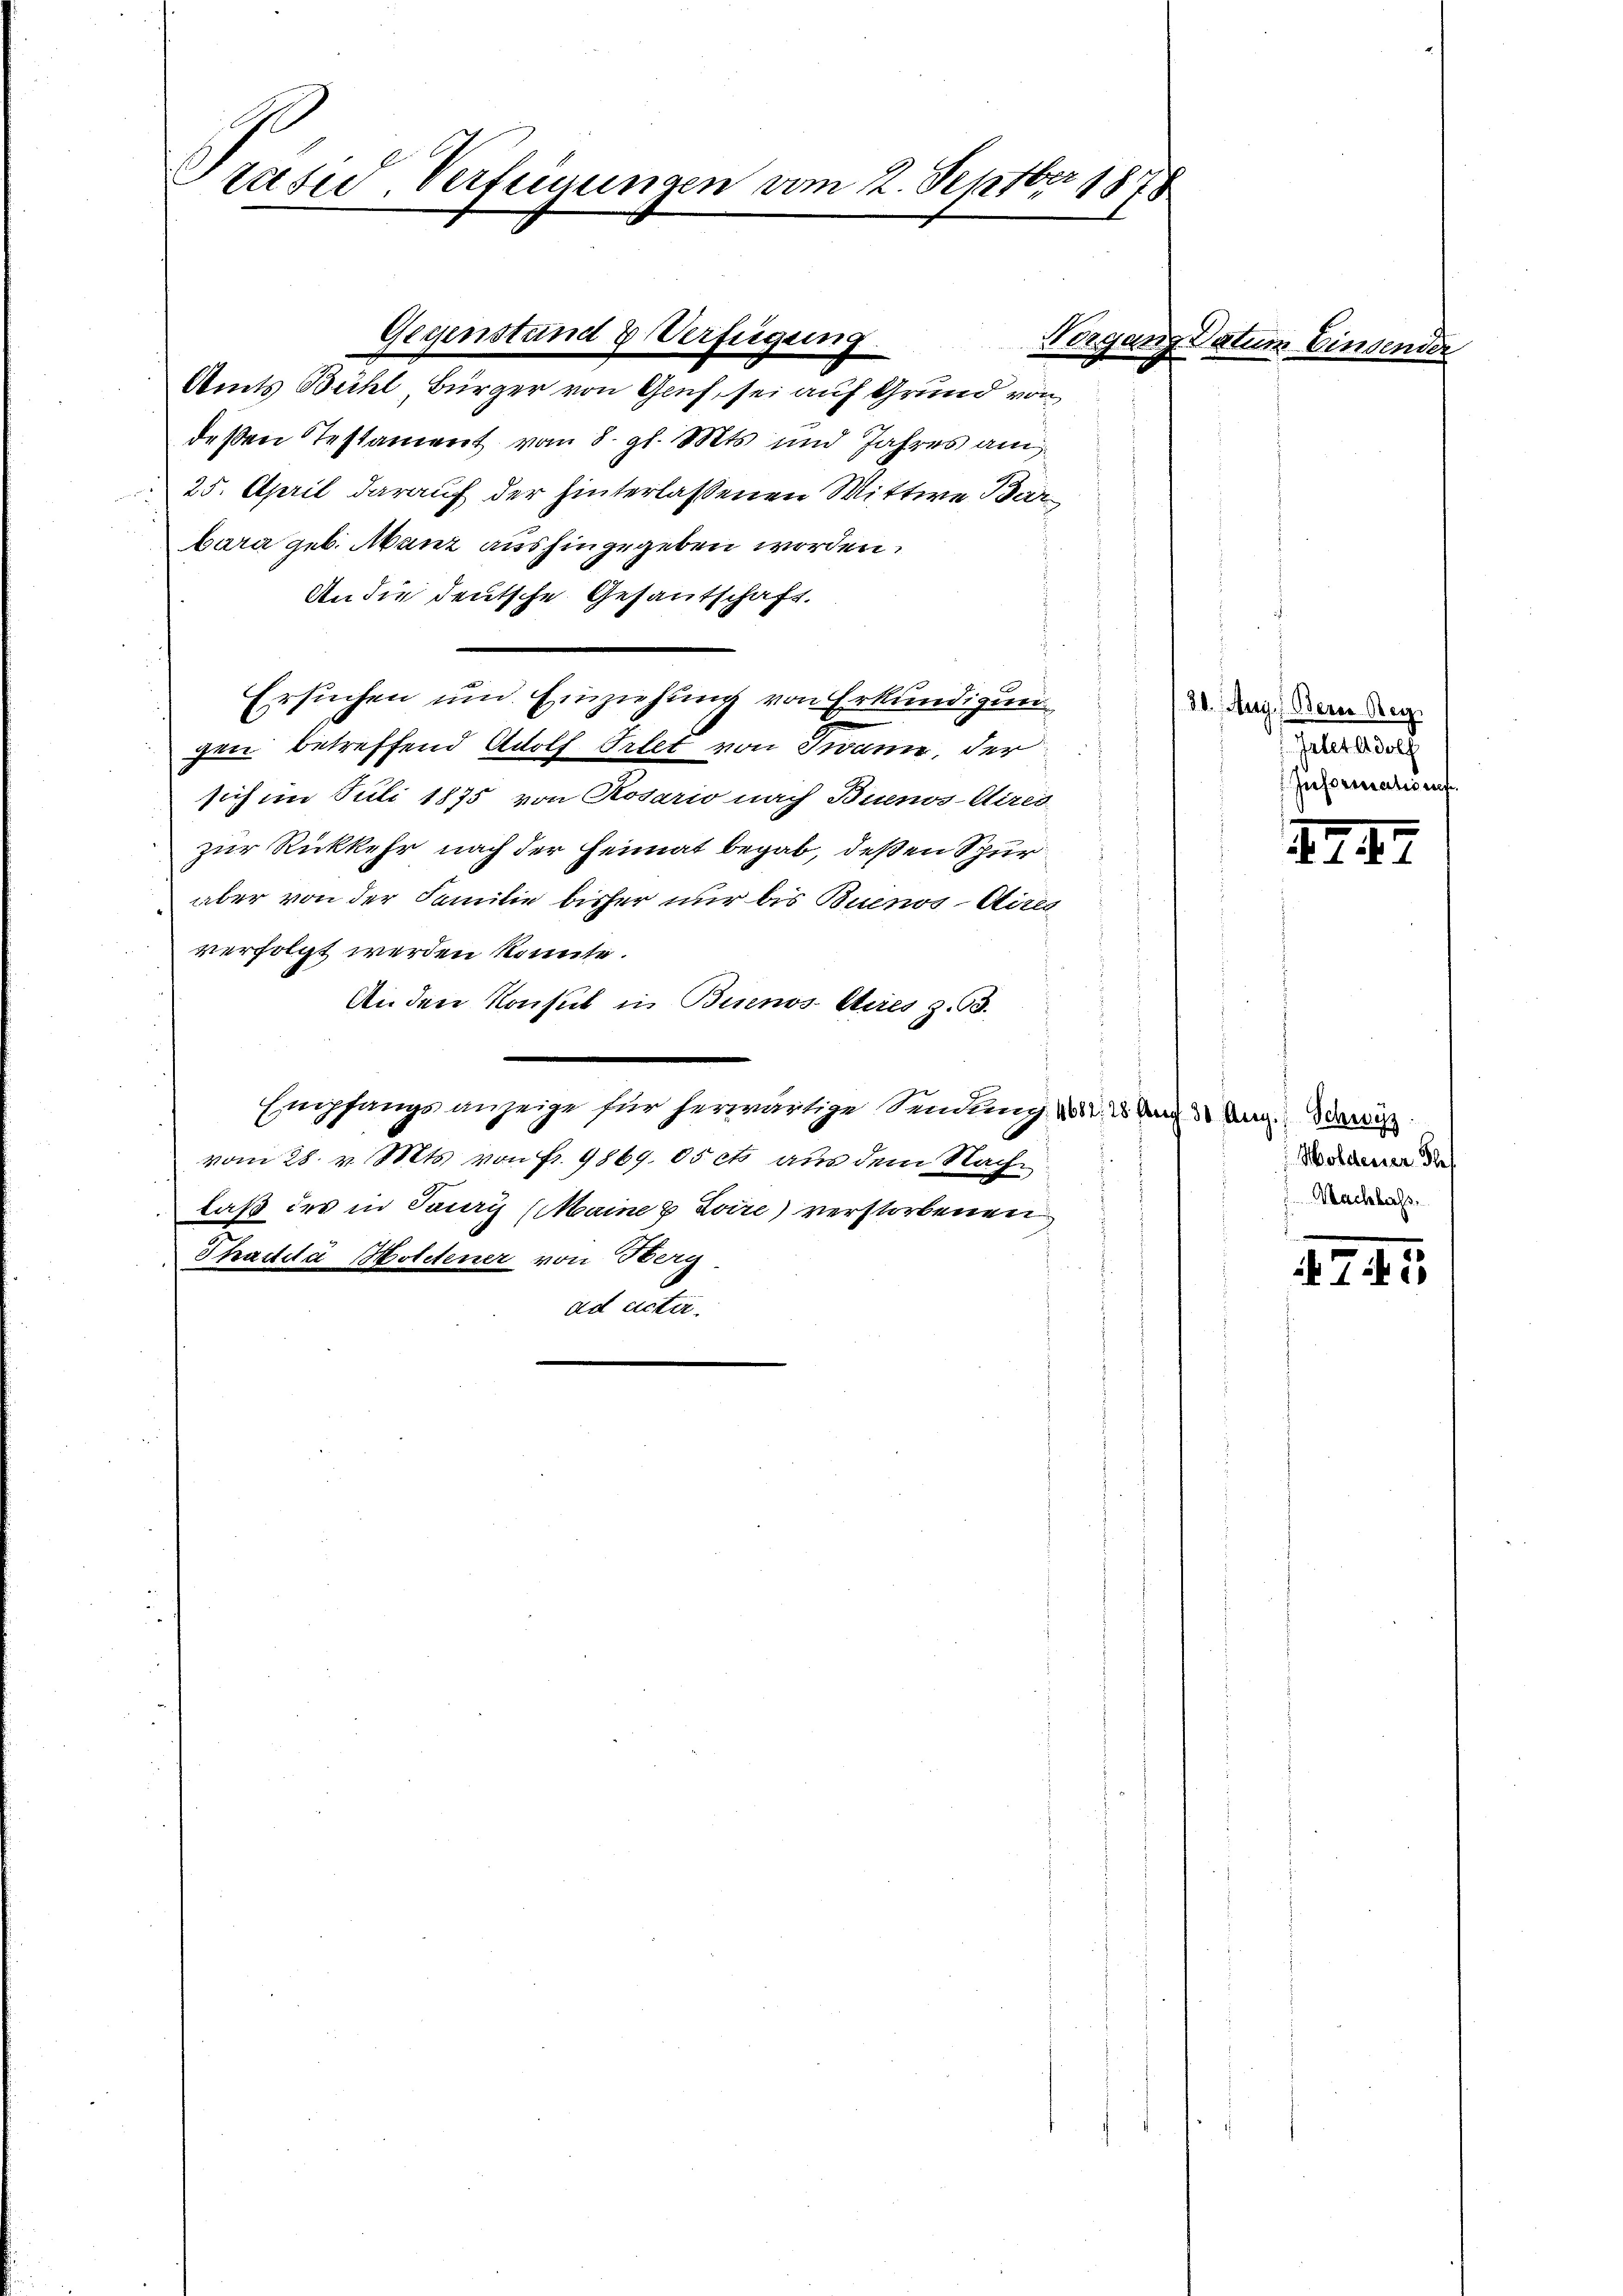
Präsid. Verfügungen vom 2. Septber 1878

Amts Bühl, Bürger von Genf sei auf Grund von
deßen Testament vom 8. gl. Mts. und Jahres am
25. April darauf der hinterlassenen Wittwe Barbara geb. Manz aushingegeben worden.
An die deutsche Gesantschaft.
Ersuchen und Einziehung von Erkundigungen betreffend Adolf Ortet von Twann, der
sich im Juli 1875 von Rosario nach Buenos Aires
zur Rückkehr nach der Heimat begab, deßen Spur
aber von der Familie bisher nur bis Buenos Aitle
.
verfolgt werden könnte.
An den Konsul in Buenos Aires z. 93.
Empfangsanzeige für herwärtige Sendung, d. 2 und 3. Aug. Dani
vom 28. v. Mts. von Fr. 9869. ds et aus dem Nachlaß des in Feury (Maine 8 Zoire) verstorbenen
Shaddá Moletener von Herg
ad actir

Gegenstand & Verfügung

Vorgang datum

Kuns

30. Aug. Berer Reg
Isler Adolf
Informations.

XIX.

Holdenser Bef
Machlass,

47. 5